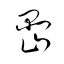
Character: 嵒